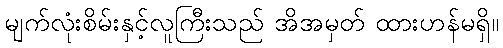
မျက်လုံးစိမ်းနှင့်လူကြီးသည် အိအမှတ် ထားဟန်မရှိ။